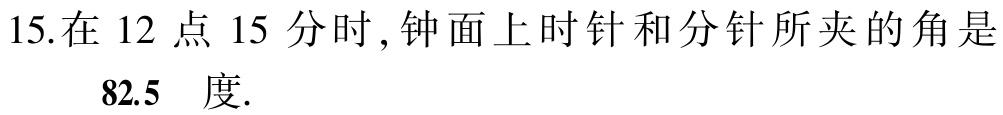
15.在 12 点 15 分时, 钟面上时针和分针所夹的角是

82.5 度.